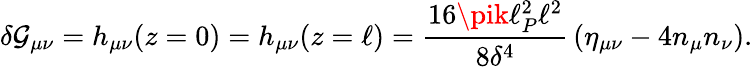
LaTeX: \delta\mathcal{G}_{\mu\nu}=h_{\mu\nu}(z=0)=h_{\mu\nu}(z=\ell)={\frac{{16\pik\ell_{P}^{2}\ell^{2}}}{{8\delta^{4}}}}\left(\eta_{\mu\nu}-4n_{\mu}n_{\nu}\right).